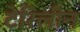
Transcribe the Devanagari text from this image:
टेरिलीन